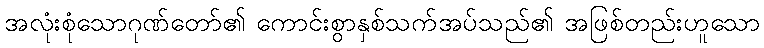
အလုံးစုံသောဂုဏ်တော်၏ ကောင်းစွာနှစ်သက်အပ်သည်၏ အဖြစ်တည်းဟူသော